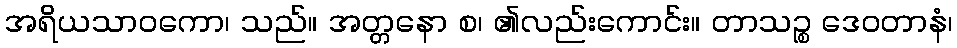
အရိယသာဝကော၊ သည်။ အတ္တနော စ၊ ၏လည်းကောင်း။ တာသဉ္စ ဒေဝတာနံ၊